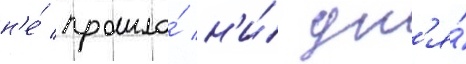
н'е́ прошло́ н'и́ дн'я́